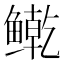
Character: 𲍘